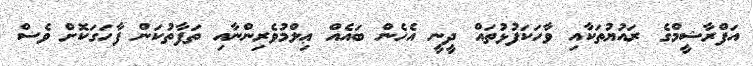
އަފްރާޝީމްގެ ރައުޔުތަކާއި ވާހަކަފުޅުތައް ދީނީ އެހެން ބައެއް ޢިލްމުވެރިންނާއި ތަފާތުކަން ފާހަގަކޮށް ވެސް